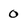
Character: 0